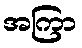
အကြာ